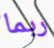
ربما